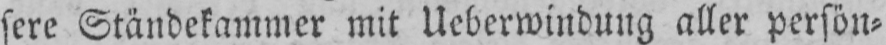
sere Ständekammer mit Ueberwindung aller persön⸗